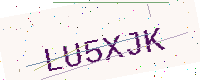
Text: LU5XJK